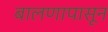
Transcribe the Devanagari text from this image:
बालणापासून